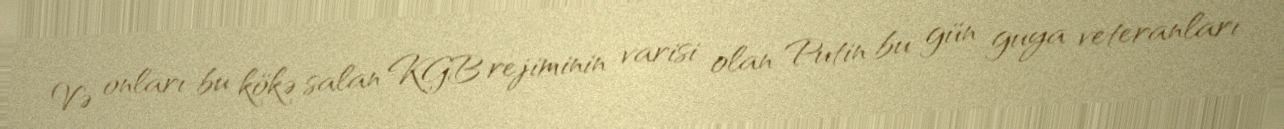
Və onları bu kökə salan KGB rejiminin varisi olan Putin bu gün guya veteranları